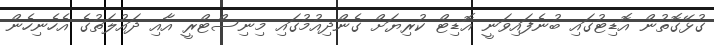
ގުޅޭގޮތުން އޮޑިޓުގައި ބުނެފައިވަނީ އޮޑިޓް ކުރިޔަށް ގެންދިއުމުގައި މިނިސްޓްރީ އާއި ދައުލަތުގެ އެހެނިހެން